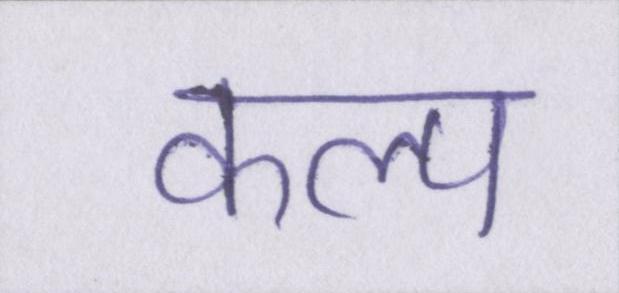
कल्प